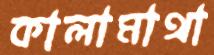
কালামাথা